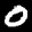
Label: 0